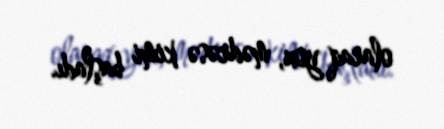
olaraq yox, mədrəsə kimi başladı.